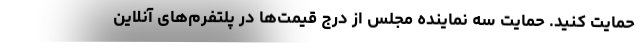
حمایت کنید. حمایت سه نماینده مجلس از درج قیمت‌ها در پلتفرم‌های آنلاین